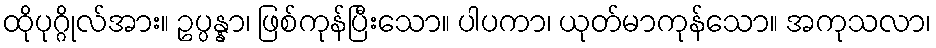
ထိုပုဂ္ဂိုလ်အား။ ဥပ္ပန္နာ၊ ဖြစ်ကုန်ပြီးသော။ ပါပကာ၊ ယုတ်မာကုန်သော။ အကုသလာ၊